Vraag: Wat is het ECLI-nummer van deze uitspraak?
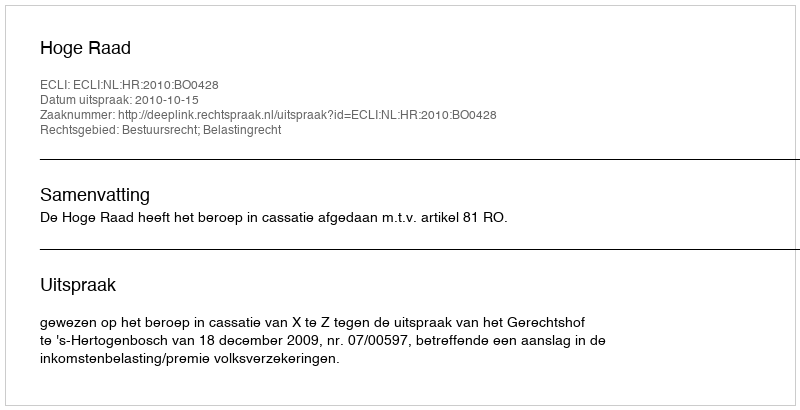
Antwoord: ECLI:NL:HR:2010:BO0428